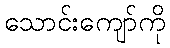
သောင်းကျော်ကို